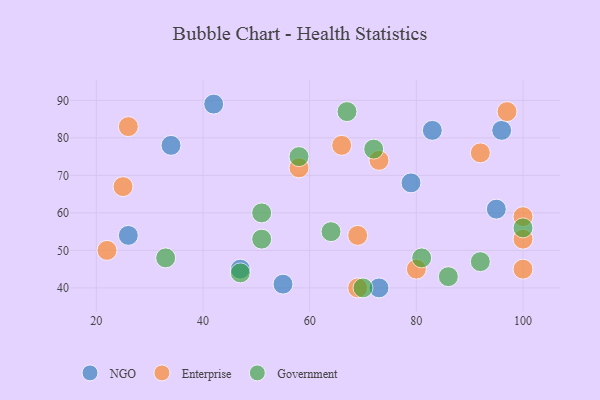
{"axis": {"x": "GDP", "y": "Life Expectancy"}, "legend": ["Enterprise", "Government", "NGO"], "data": [{"x": "34", "y": 78, "type": "NGO"}, {"x": "83", "y": 82, "type": "NGO"}, {"x": "79", "y": 68, "type": "NGO"}, {"x": "26", "y": 54, "type": "NGO"}, {"x": "73", "y": 40, "type": "NGO"}, {"x": "95", "y": 61, "type": "NGO"}, {"x": "96", "y": 82, "type": "NGO"}, {"x": "55", "y": 41, "type": "NGO"}, {"x": "42", "y": 89, "type": "NGO"}, {"x": "47", "y": 45, "type": "NGO"}, {"x": "69", "y": 54, "type": "Enterprise"}, {"x": "100", "y": 45, "type": "Enterprise"}, {"x": "58", "y": 72, "type": "Enterprise"}, {"x": "22", "y": 50, "type": "Enterprise"}, {"x": "100", "y": 59, "type": "Enterprise"}, {"x": "80", "y": 45, "type": "Enterprise"}, {"x": "100", "y": 53, "type": "Enterprise"}, {"x": "26", "y": 83, "type": "Enterprise"}, {"x": "92", "y": 76, "type": "Enterprise"}, {"x": "73", "y": 74, "type": "Enterprise"}, {"x": "69", "y": 40, "type": "Enterprise"}, {"x": "66", "y": 78, "type": "Enterprise"}, {"x": "97", "y": 87, "type": "Enterprise"}, {"x": "25", "y": 67, "type": "Enterprise"}, {"x": "33", "y": 48, "type": "Government"}, {"x": "64", "y": 55, "type": "Government"}, {"x": "51", "y": 60, "type": "Government"}, {"x": "70", "y": 40, "type": "Government"}, {"x": "47", "y": 44, "type": "Government"}, {"x": "81", "y": 48, "type": "Government"}, {"x": "51", "y": 53, "type": "Government"}, {"x": "58", "y": 75, "type": "Government"}, {"x": "72", "y": 77, "type": "Government"}, {"x": "86", "y": 43, "type": "Government"}, {"x": "100", "y": 56, "type": "Government"}, {"x": "67", "y": 87, "type": "Government"}, {"x": "92", "y": 47, "type": "Government"}]}